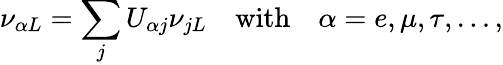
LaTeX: \nu_{\alpha L}=\sum_{j}U_{\alpha j}\nu_{jL}\quad\mathrm{with}\quad\alpha=e,\mu,\tau,\ldots,